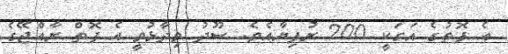
އެ ފޮތުގެ އަގަކީ 200 ރުފިޔާއެވެ. ސޫދު ވިދާޅުވީ އެ ފޮތް ރާއްޖޭގެ